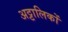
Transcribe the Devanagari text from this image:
अट्टालिकों